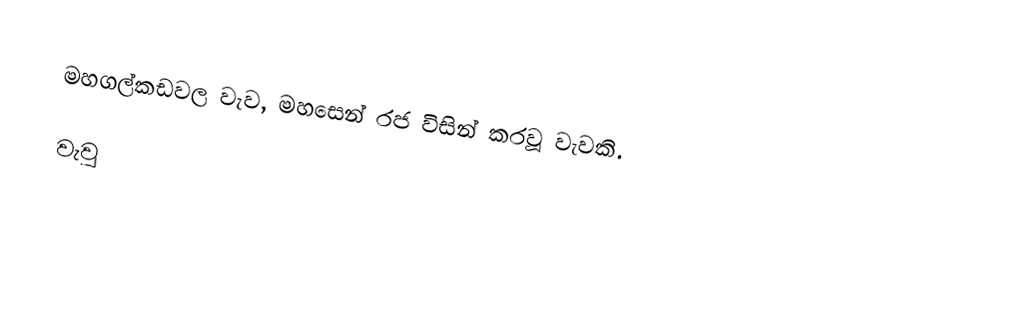
මහගල්කඩවල වැව, මහසෙන් රජ විසින් කරවූ වැවකි.

වැවු